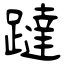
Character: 躂